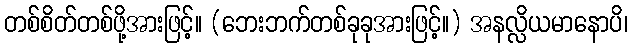
တစ်စိတ်တစ်ဖို့အားဖြင့်။ (ဘေးဘက်တစ်ခုခုအားဖြင့်။) အနလ္လိယမာနောပိ၊